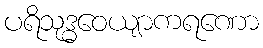
ပရိသုဒ္ဓဝေယျာကရဏော